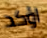
اؤكد